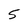
Character: 5